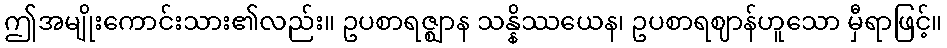
ဤအမျိုးကောင်းသား၏လည်း။ ဥပစာရဇ္ဈာန သန္နိဿယေန၊ ဥပစာရဈာန်ဟူသော မှီရာဖြင့်။